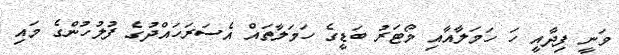
ވަނީ ފިދާއީ ހަ ހަމަލާއާއި މޯޓަރު ބަޑީގެ ހަމަލާތައް އެސަރަހައްދުގެ ފުލުހުންގެ މައި